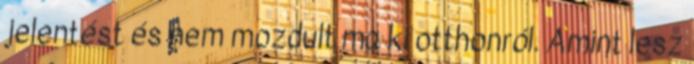
jelentést és nem mozdult ma ki otthonról. Amint lesz